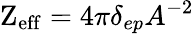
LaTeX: \mathrm{Z_{eff}}={4\pi}\delta_{ep}{A^{-2}}